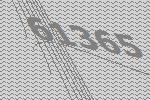
61365